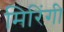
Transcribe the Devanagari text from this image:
मिरिंगी